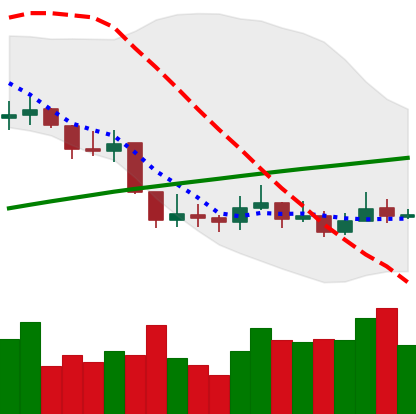
Ticker: LINK-USD
Chart end date: 2019-09-10
Forward return: -10.244%
Label: down_7plus